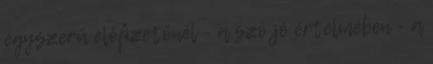
egyszerű előfizetőnél - a szó jó értelmében - a